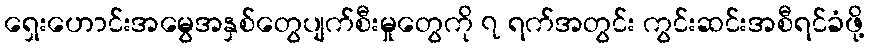
ရှေးဟောင်းအမွေအနှစ်တွေပျက်စီးမှုတွေကို ၇ ရက်အတွင်း ကွင်းဆင်းအစီရင်ခံဖို့